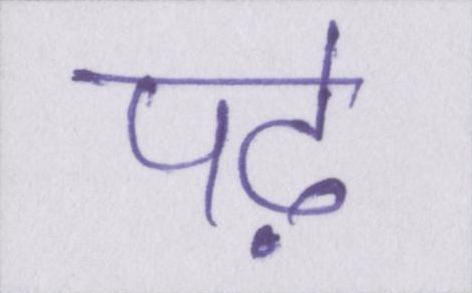
पढ़े